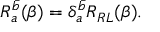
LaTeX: R _ { a } ^ { \bar { b } } ( \beta ) = \delta _ { a } ^ { \bar { b } } R _ { R L } ( \beta ) .